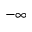
- \infty